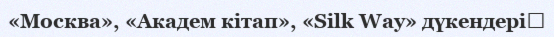
«Москва», «Академ кітап», «Silk Way» дүкендері​